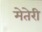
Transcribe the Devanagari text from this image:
मेतेरी